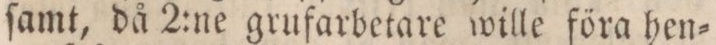
ſamt, då 2:ne grufarbetare wille föra hen=